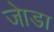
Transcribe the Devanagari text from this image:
जाेडा